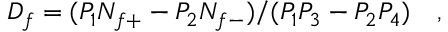
D _ { f } = ( P _ { 1 } N _ { f + } - P _ { 2 } N _ { f - } ) / ( P _ { 1 } P _ { 3 } - P _ { 2 } P _ { 4 } ) ~ ~ ~ ,